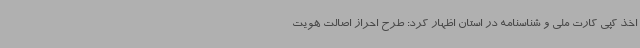
اخذ کپی کارت ملی و شناسنامه در استان اظهار کرد: طرح احراز اصالت هویت